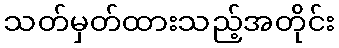
သတ်မှတ်ထားသည့်အတိုင်း